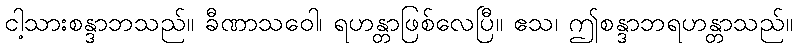
ငါ့သားစန္ဒာဘသည်။ ခီဏာသဝေါ၊ ရဟန္တာဖြစ်လေပြီ။ ဧသ၊ ဤစန္ဒာဘရဟန္တာသည်။